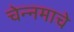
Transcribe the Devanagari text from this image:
चेन्नमाचे